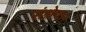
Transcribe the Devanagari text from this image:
संश्लेषम